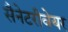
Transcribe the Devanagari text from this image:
सैनेटरीवेयर